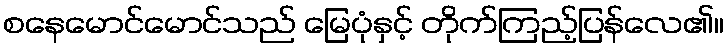
စနေမောင်မောင်သည် မြေပုံနှင့် တိုက်ကြည့်ပြန်လေ၏။